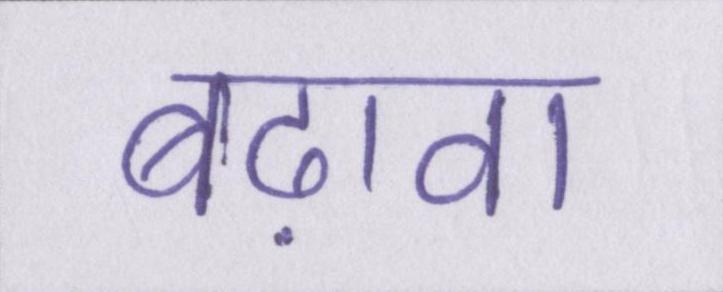
बढ़ावा